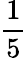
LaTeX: \frac{1}{5}